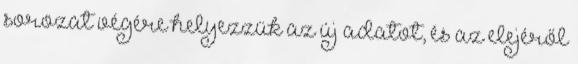
sorozat végére helyezzük az új adatot, és az elejéről